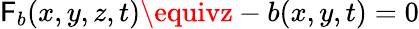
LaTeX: \mathsf{F}_{b}(x,y,z,t)\equivz-b(x,y,t)=0